Annual administration report of the Civil Veterinary Department, Sind - 1937-1938
Year: 1937
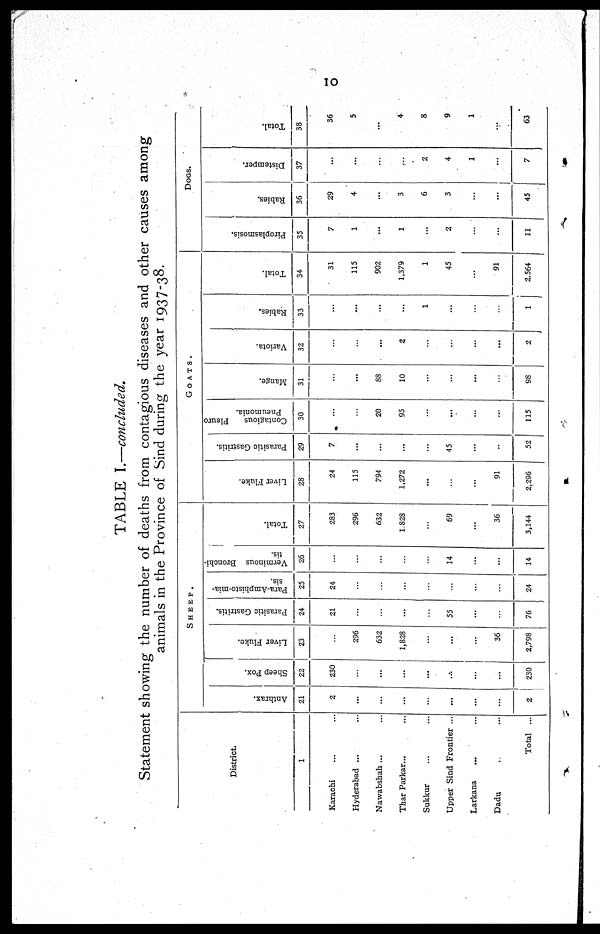
10
TABLE I.—concluded.
Statement showing the number of deaths from contagious diseases and other causes among
animals in the Province of Sind during the year 1937-38.
District.
1
Karachi ... ...
Hyderabad ... ...
Nawabshah ... ...
Thar Parkar... ...
Sukkur ... ...
Upper Sind Frontier ...
Larkana ... ...
Dadu ...
Total ...
SHEEP.
Anthrax.
21
2
...
...
...
...
...
...
...
2
Sheep Pox.
22
230
...
...
...
...
...
...
...
230
Liver Fluke.
23
...
296
632
1,828
...
...
...
36
2,798
Parasitic Gastritis.
24
21
...
...
...
...
55
...
...
76
Para-Amphisto-mia-
sis.
25
24
...
...
...
...
...
...
...
24
Verminous Bronchi-
tis.
26
...
...
...
...
...
14
...
...
14
Total.
27
283
296
632
1,828
...
69
...
36
3,144
GOATS.
Liver Fluke.
28
24
115
794
1,272
...
...
...
91
2,296
Parasitic Gastritis.
29
7
...
...
...
...
45
...
..
52
Contagious
Pleuro
Pneumonia.
30
...
...
20
95
...
...
...
...
115
Mange.
31
...
...
88
10
...
...
...
...
98
Variota.
32
...
...
...
2
...
...
...
...
2
Rabies.
33
...
...
...
...
1
...
...
...
1
Total.
34
31
115
902
1,379
1
45
...
91
2,564
DOGS.
Piroplasmosis.
35
7
1
...
1
...
2
...
...
11
Rabies.
36
29
4
...
3
6
3
...
...
45
Distemper.
37
...
...
...
...
2
4
1
...
7
Total.
38
36
5
...
4
8
9
1
...
63